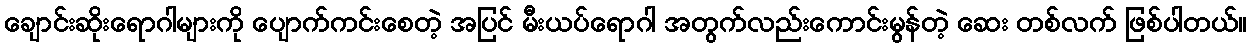
ချောင်းဆိုးရောဂါများကို ပျောက်ကင်းစေတဲ့ အပြင် မီးယပ်ရောဂါ အတွက်လည်းကောင်းမွန်တဲ့ ဆေး တစ်လက် ဖြစ်ပါတယ်။